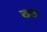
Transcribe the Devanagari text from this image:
ठठ